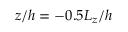
z / h = - 0 . 5 L _ { z } / h